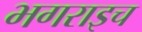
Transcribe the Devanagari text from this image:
भगराइच